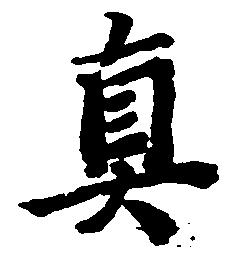
真